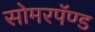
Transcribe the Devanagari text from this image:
सोमरपॅण्ड